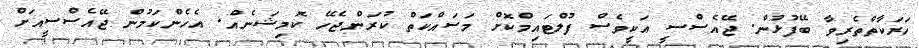
ހަރަކާތްތެރިވާ ބޭފުޅުން. ޖޭއެސްސީ އަކީވެސް ފުލްޓައިމްކޮށް މަސައްކަތް ކުރަންޖެހޭ ކޮމިޝަނެއް. އެހެންކަމުން ޖޭއެސްސީއަށް